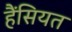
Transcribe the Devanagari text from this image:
हैंसियत